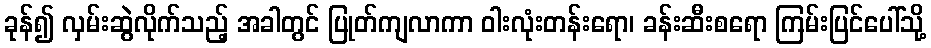
ခုန်၍ လှမ်းဆွဲလိုက်သည့် အခါတွင် ပြုတ်ကျလာကာ ဝါးလုံးတန်းရော၊ ခန်းဆီးစရော ကြမ်းပြင်ပေါ်သို့